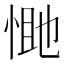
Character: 𭝔